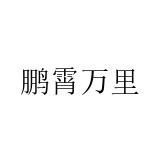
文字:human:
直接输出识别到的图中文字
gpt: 鹏霄万里